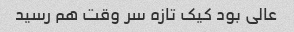
عالی بود کیک تازه سر وقت هم رسید